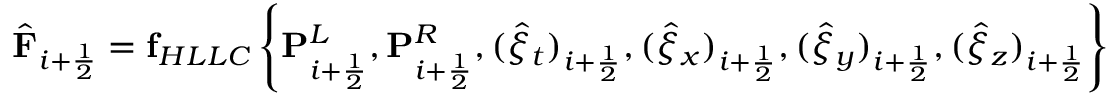
\hat { \mathbf { F } } _ { i + \frac { 1 } { 2 } } = \mathbf { f } _ { H L L C } \left\{ \mathbf { P } _ { i + \frac { 1 } { 2 } } ^ { L } , \mathbf { P } _ { i + \frac { 1 } { 2 } } ^ { R } , ( \hat { \xi } _ { t } ) _ { i + \frac { 1 } { 2 } } , ( \hat { \xi } _ { x } ) _ { i + \frac { 1 } { 2 } } , ( \hat { \xi } _ { y } ) _ { i + \frac { 1 } { 2 } } , ( \hat { \xi } _ { z } ) _ { i + \frac { 1 } { 2 } } \right\}